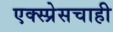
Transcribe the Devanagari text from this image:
एक्स्प्रेसचाही